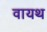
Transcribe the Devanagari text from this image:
वायथ